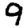
Digit: 9